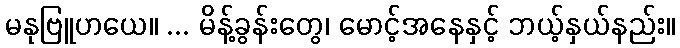
မနုဗြူဟယေ။ ... မိန့်ခွန်းတွေ၊ မောင့်အနေနှင့် ဘယ့်နှယ်နည်း။